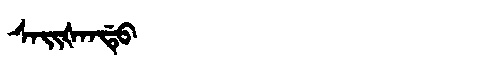
Manchu: ᠰᠠᡳᡧᠠᠨᡩᡠ
Romanization: SAIŠANDU